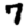
Digit: 7